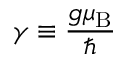
\gamma \equiv \frac { g { \ensuremath { \mu _ { \mathrm { B } } } } } { \hbar }